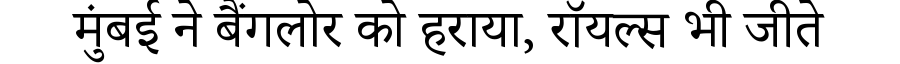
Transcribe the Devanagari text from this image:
मुंबई ने बैंगलोर को हराया, रॉयल्स भी जीते